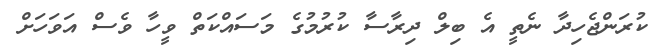
ކުރަންޖެހިދާ ނެތީ އެ ބިލް ދިރާސާ ކުރުމުގެ މަސައްކަތް ވީހާ ވެސް އަވަހަށް